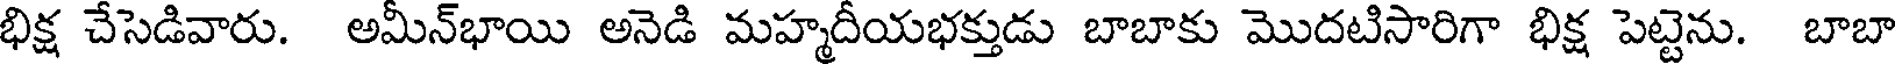
భిక్ష చేసెడివారు. అమీన్భాయి అనెడి మహ్మదీయభక్తుడు బాబాకు మొదటిసారిగా భిక్ష పెట్టెను. బాబా